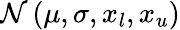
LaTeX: \mathcal{N}\left(\mu,\sigma,x_{l},x_{u}\right)